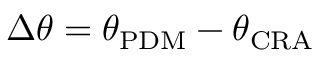
\Delta \theta = \theta _ { \mathrm { { P D M } } } - \theta _ { \mathrm { { C R A } } }